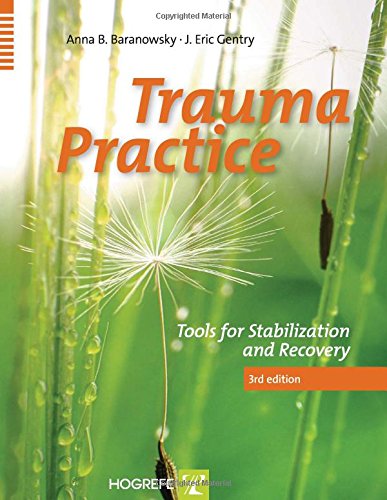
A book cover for Trauma Practice : Tools for Stabilization and Recovery; Anna B. Baranowsky; Medical Books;